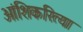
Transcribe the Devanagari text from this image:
आंशिकरित्या